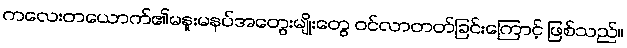
ကလေးတယောက်၏မနူးမနပ်အတွေးမျိုးတွေ ဝင်လာတတ်ခြင်းကြောင့် ဖြစ်သည်။